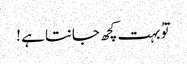
توُ بہت کچھ جانتا ہے !